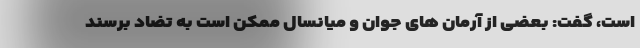
است، گفت: بعضی از آرمان های جوان و میانسال ممکن است به تضاد برسند